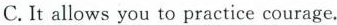
C.It allows you to practice courage.